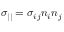
\sigma _ { | | } = \sigma _ { i j } n _ { i } n _ { j }